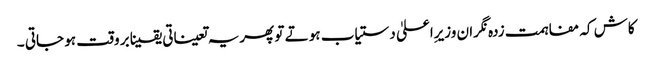
کاش کہ مفاہمت زدہ نگران وزیرِاعلیٰ دستیاب ہو تے تو پھریہ تعیناتی یقینا بر وقت ہو جاتی ۔